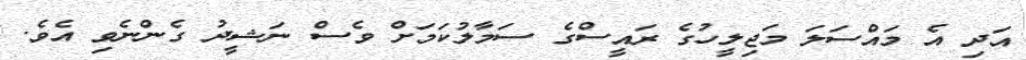
އަދި އެ މައްސަލަ މަޖިލީހުގެ ރައީސްގެ ސަމާލުކަމަށް ވެސް ނަޝީދު ގެންނެވި އެވެ.